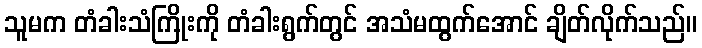
သူမက တံခါးသံကြိုးကို တံခါးရွက်တွင် အသံမထွက်အောင် ချိတ်လိုက်သည်။